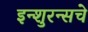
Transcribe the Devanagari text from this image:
इन्‍शुरन्‍सचे